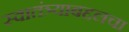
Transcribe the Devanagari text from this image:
स्वातंत्र्याबद्दलचा